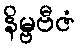
နိမ္ဗဗီဇံ